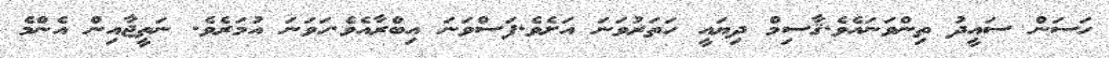
ހަސަން ސައީދު ތިންވަނައެވެ.ޤާސިމް ދިޔައީ ހަތަރުވަނަ އަށެވެ.ފަސްވަނަ އިބްރާއެވެ.ހަވަނަ އުމަރެވެ. ނަތީޖާއިން އެންމެ